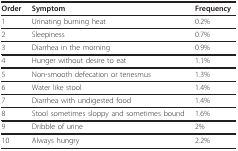
<table><thead><tr><td><b>Order</b></td><td><b>Symptom</b></td><td><b>Frequency</b></td></tr></thead><tbody><tr><td>1</td><td>Urinating burning heat</td><td>0.2%</td></tr><tr><td>2</td><td>Sleepiness</td><td>0.7%</td></tr><tr><td>3</td><td>Diarrhea in the morning</td><td>0.9%</td></tr><tr><td>4</td><td>Hunger without desire to eat</td><td>1.1%</td></tr><tr><td>5</td><td>Non-smooth defecation or tenesmus</td><td>1.3%</td></tr><tr><td>6</td><td>Water like stool</td><td>1.4%</td></tr><tr><td>7</td><td>Diarrhea with undigested food</td><td>1.4%</td></tr><tr><td>8</td><td>Stool sometimes sloppy and sometimes bound</td><td>1.6%</td></tr><tr><td>9</td><td>Dribble of urine</td><td>2%</td></tr><tr><td>10</td><td>Always hungry</td><td>2.2%</td></tr></tbody></table>